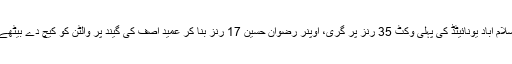
اسلام آباد یونائیٹڈ کی پہلی وکٹ 35 رنز پر گری، اوپنر رضوان حسین 17 رنز بنا کر عمید آصف کی گیند پر والٹن کو کیچ دے بیٹھے۔